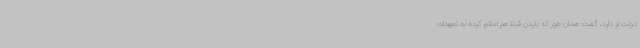
دولت او دارد، گفت: همان طور که بایدن قبلا هم اعلام کرده به تعهدات